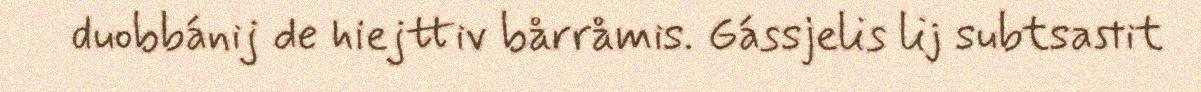
duobbánij de hiejttiv bårråmis. Gássjelis lij subtsastit